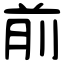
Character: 前